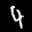
Label: 4